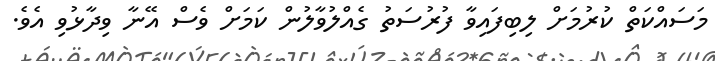
މަސައްކަތް ކުރުމަށް ލިބިފައިވާ ފުރުސަތު ގެއްލުވާލުން ކަމަށް ވެސް އޭނާ ވިދާޅުވި އެވެ.